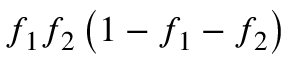
f _ { 1 } f _ { 2 } \left( 1 - f _ { 1 } - f _ { 2 } \right)